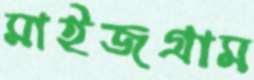
মাইজগ্রাম